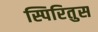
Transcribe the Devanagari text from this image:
स्पिरितुस